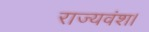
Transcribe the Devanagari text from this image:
राज्यवंश।